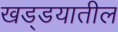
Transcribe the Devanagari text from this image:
खड्डयातील